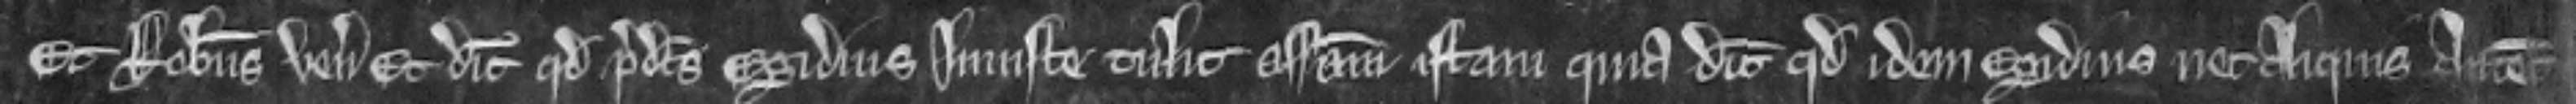
et Robertus venit et dicit quod predictus Egidius iniuste tulit assisam istam quia dicit quod idem Egidius nec aliquis antecessorum